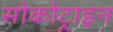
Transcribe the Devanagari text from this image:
सोकोट्राइन